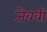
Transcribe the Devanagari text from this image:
जेववी